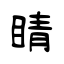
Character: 睛